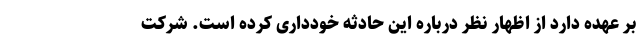
بر عهده دارد از اظهار نظر درباره این حادثه خودداری کرده است. شرکت